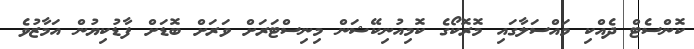
ކޮންސެޓް ދެއްކި މައްސަލާގައި މޮރޮކޯގެ ކޮމިއުނިކޭޝަން މިނިސްޓަރަށް ވަރަށް ބޮޑަށް ފާޑުކިޔުން އަމާޒުވެ